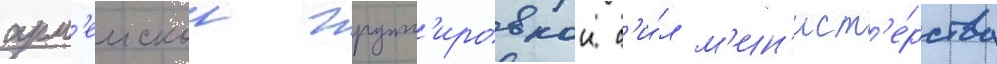
арм'еискои групп'ировкои с'и́л м'ин'ист'е́рства